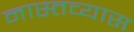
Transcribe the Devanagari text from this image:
नास्तव्यास